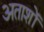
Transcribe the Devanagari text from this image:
अताशों